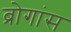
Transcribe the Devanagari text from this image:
ब्रोगांस